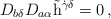
\begin{align*}D_{b\delta}D_{a\alpha}\tilde{{\rm h}}^{\dot{\gamma}\delta}=0\,,\end{align*}